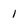
Character: 1